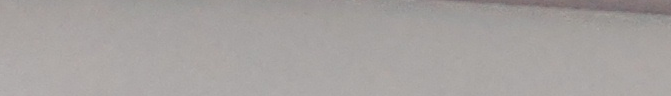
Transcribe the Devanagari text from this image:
यो